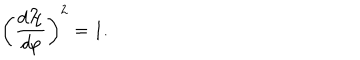
\left( \frac { d { \cal H } } { d p } \right) ^ { 2 } = 1 .